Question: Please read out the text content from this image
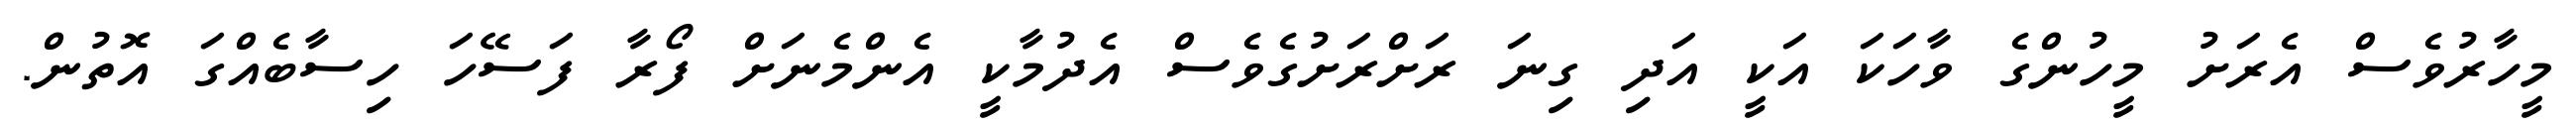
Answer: މީހާރުވެސް އެރަށު މީހުންގެ ވާހަކަ އަކީ އަދި ގިނަ ރަށްރަށުގެވެސް އެދުމާކީ އެންމެނަށް ފޯރާ ފަސޭހަ ހިސާބެއްގަ އޮތުން.